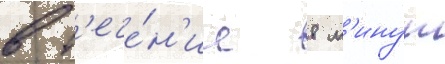
в т'ече́н'ие 8 м'инут